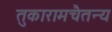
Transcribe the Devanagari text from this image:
तुकारामचैतन्य